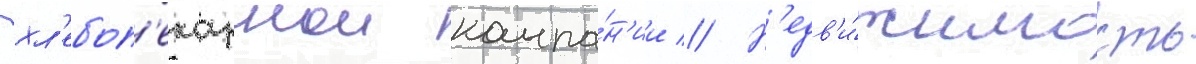
хл'ебоп'екарнои компа́н'ии // Н'едв'и́жимость